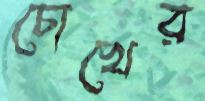
চোখের